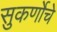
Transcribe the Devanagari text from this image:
सुकर्णोचे